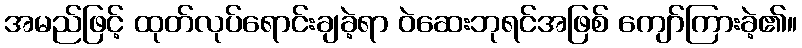
အမည်ဖြင့် ထုတ်လုပ်ရောင်းချခဲ့ရာ ဝဲဆေးဘုရင်အဖြစ် ကျော်ကြားခဲ့၏။